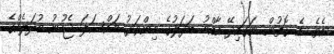
އެވެ. އެ ގޮތުން ނަގައިދޭ އާއްމު ބަދަލުގެ މިންވަރު މައްސަލަ ޖެހުނު މުދަލެއްގެ